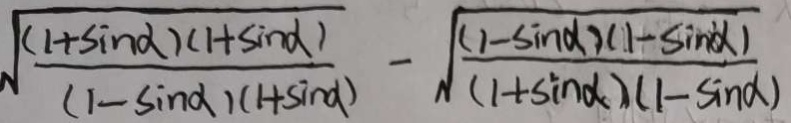
\sqrt { \frac { ( 1 + \sin \alpha ) ( 1 + \sin \alpha ) ) } { ( 1 - \sin \alpha ) ( 1 + \sin \alpha ) } } - \sqrt { \frac { ( 1 - \sin \alpha ) ( 1 - \sin \alpha ) ) } { ( 1 + \sin \alpha ) ( 1 - \sin \alpha ) } }